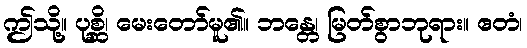
ဤသို့။ ပုစ္ဆိ၊ မေးတော်မူ၏။ ဘန္တေ၊ မြတ်စွာဘုရား။ ဧတံ၊